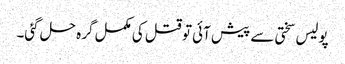
پولیس سختی سے پیش آئی تو قتل کی مکمل گرہ حل گئی۔